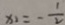
x _ { 1 } = - \frac { 1 } { 2 }